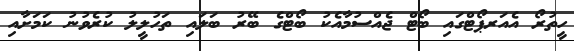
ހީތުރޯ އެއަރޕޯޓްގައި ބޯޓް ޖެއްސުމާއެކު ބޯޓްގެ ބޭރު ބަލައި ތަހުލީލު ކުރެވުނު ކަމަށާއި